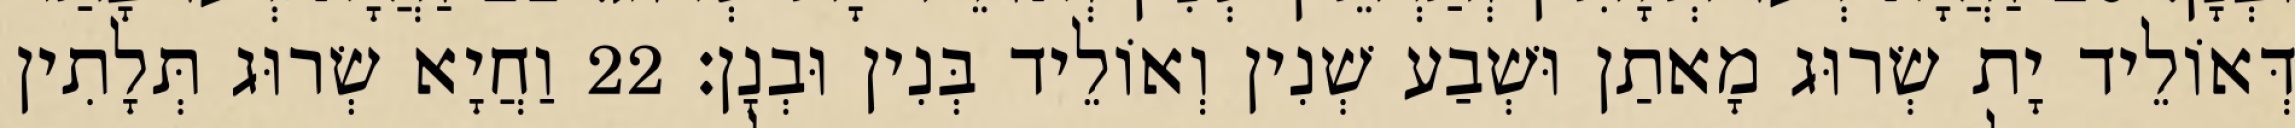
דְּאוֹלֵיד יָת שְׂרוּג מָאתַן וּשְׁבַע שְׁנִין וְאוֹלֵיד בְּנִין וּבְנָן׃ 22 וַחֲיָא שְׂרוּג תְּלָתִין